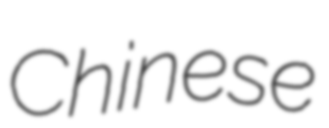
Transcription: Chinese